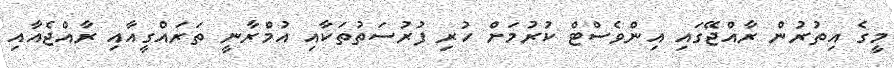
މީގެ އިތުރުން ރާއްޖޭގައި އިންވެސްޓް ކުރުމަށް ހުރި ފުރުސަތުތަކާއި އުމްރާނީ ތަރައްގީއާއި ރާއްޖެއާއި